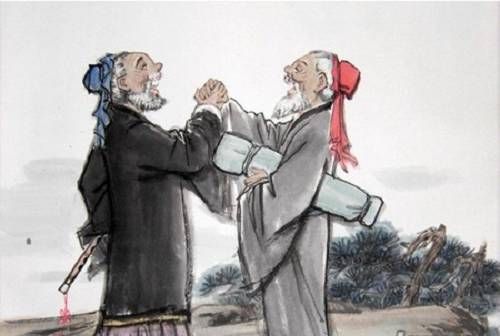
益者三友，损者三友。友直友谅友多闻，益矣友便辟友善柔友便佞，损矣。